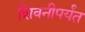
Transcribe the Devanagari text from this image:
शिवनीपर्यंत